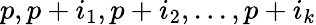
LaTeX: p,p+i_{1},p+i_{2},...,p+i_{k}